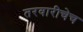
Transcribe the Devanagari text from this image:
तरवारीचेच